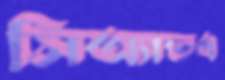
সিঅ্যান্ডএ